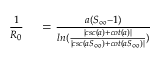
\begin{array} { r l } { \frac { 1 } { R _ { 0 } } } & { { } = \frac { a ( S _ { \infty } - 1 ) } { l n ( \frac { | c s c ( a ) + c o t ( a ) | } { | c s c ( a S _ { \infty } ) + c o t ( a S _ { \infty } ) | } ) } } \end{array}